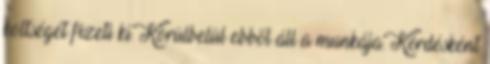
költségét fizeti ki. Körülbelül ebből áll a munkája. Kérdésként